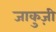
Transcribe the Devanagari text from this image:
जाकुज़ी